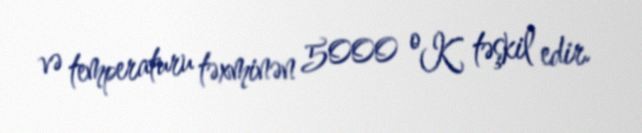
və temperaturu təxminən 5000 ºK təşkil edir.